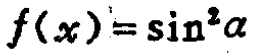
\[f(x)=\sin^{2}\alpha\]